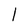
Character: 1